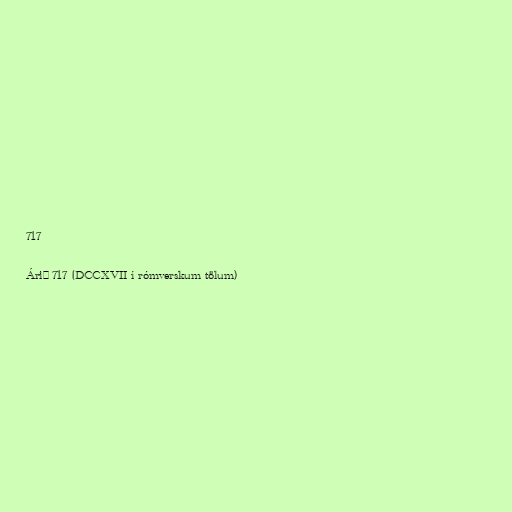
717

Árið 717 (DCCXVII í rómverskum tölum)